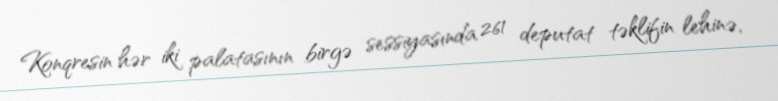
Konqresin hər iki palatasının birgə sessiyasında 261 deputat təklifin lehinə,